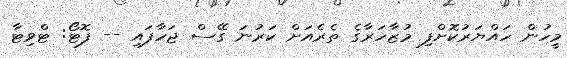
މީހުން ހައްޔަރުކޮށްފި މުޒާހަރާގެ ތެރެއަށް ކަރުނަ ގޭސް ޖަހާފައި -- ފޮޓޯ: ޓްވިޓާ